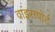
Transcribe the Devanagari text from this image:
वाइसपोर्ट